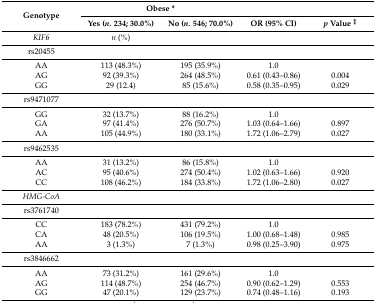
<table><thead><tr><td rowspan="2"><b>Genotype</b></td><td colspan="2"><b>Obese *</b></td><td colspan="2"></td></tr><tr><td><b>Yes (<i>n.</i> 234; 30.0%)</b></td><td><b>No (<i>n.</i> 546; 70.0%)</b></td><td><b>OR (95% CI)</b></td><td><b><i>p</i> Value <sup>‡</sup></b></td></tr></thead><tbody><tr><td><i>KIF6</i></td><td><i>n</i> (%)</td><td></td><td colspan="2"></td></tr><tr><td>rs20455</td><td></td><td></td><td></td><td></td></tr><tr><td>AA</td><td>113 (48.3%)</td><td>195 (35.9%)</td><td>1.0</td><td></td></tr><tr><td>AG</td><td>92 (39.3%)</td><td>264 (48.5%)</td><td>0.61 (0.43–0.86)</td><td>0.004</td></tr><tr><td>GG</td><td>29 (12.4)</td><td>85 (15.6%)</td><td>0.58 (0.35–0.95)</td><td>0.029</td></tr><tr><td>rs9471077</td><td></td><td></td><td colspan="2"></td></tr><tr><td>GG</td><td>32 (13.7%)</td><td>88 (16.2%)</td><td>1.0</td><td></td></tr><tr><td>GA</td><td>97 (41.4%)</td><td>276 (50.7%)</td><td>1.03 (0.64–1.66)</td><td>0.897</td></tr><tr><td>AA</td><td>105 (44.9%)</td><td>180 (33.1%)</td><td>1.72 (1.06–2.79)</td><td>0.027</td></tr><tr><td>rs9462535</td><td></td><td></td><td colspan="2"></td></tr><tr><td>AA</td><td>31 (13.2%)</td><td>86 (15.8%)</td><td>1.0</td><td></td></tr><tr><td>AC</td><td>95 (40.6%)</td><td>274 (50.4%)</td><td>1.02 (0.63–1.66)</td><td>0.920</td></tr><tr><td>CC</td><td>108 (46.2%)</td><td>184 (33.8%)</td><td>1.72 (1.06–2.80)</td><td>0.027</td></tr><tr><td><i>HMG-CoA</i></td><td></td><td></td><td colspan="2"></td></tr><tr><td>rs3761740</td><td></td><td></td><td colspan="2"></td></tr><tr><td>CC</td><td>183 (78.2%)</td><td>431 (79.2%)</td><td>1.0</td><td></td></tr><tr><td>CA</td><td>48 (20.5%)</td><td>106 (19.5%)</td><td>1.00 (0.68–1.48)</td><td>0.985</td></tr><tr><td>AA</td><td>3 (1.3%)</td><td>7 (1.3%)</td><td>0.98 (0.25–3.90)</td><td>0.975</td></tr><tr><td>rs3846662</td><td></td><td></td><td colspan="2"></td></tr><tr><td>AA</td><td>73 (31.2%)</td><td>161 (29.6%)</td><td>1.0</td><td></td></tr><tr><td>AG</td><td>114 (48.7%)</td><td>254 (46.7%)</td><td>0.90 (0.62–1.29)</td><td>0.553</td></tr><tr><td>GG</td><td>47 (20.1%)</td><td>129 (23.7%)</td><td>0.74 (0.48–1.16)</td><td>0.193</td></tr></tbody></table>